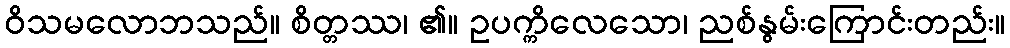
ဝိသမလောဘသည်။ စိတ္တဿ၊ ၏။ ဥပက္ကိလေသော၊ ညစ်နွမ်းကြောင်းတည်း။